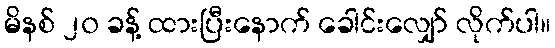
မိနစ် ၂၀ ခန့် ထားပြီးနောက် ခေါင်းလျှော် လိုက်ပါ။